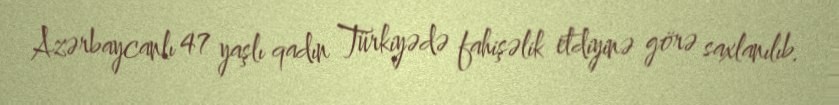
Azərbaycanlı 47 yaşlı qadın Türkiyədə fahişəlik etdiyinə görə saxlanılıb.